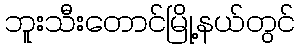
ဘူးသီးတောင်မြို့နယ်တွင်